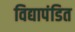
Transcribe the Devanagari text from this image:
विद्यापंडित